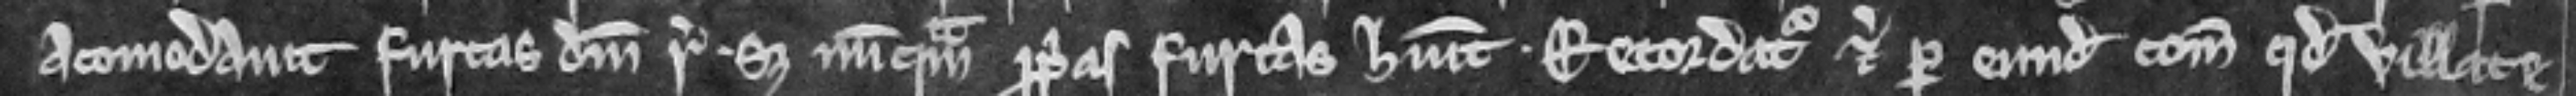
acomodavit furcas domini regis set nunquam proprias furcas habuit. Recordatur eciam per eundem comitatum quod villate